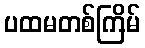
ပထမတစ်ကြိမ်